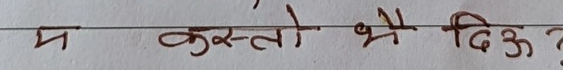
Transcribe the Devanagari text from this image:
म कस्तो भै दिऊ?